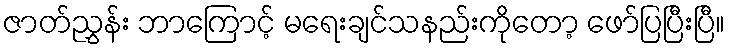
ဇာတ်ညွှန်း ဘာကြောင့် မရေးချင်သနည်းကိုတော့ ဖော်ပြပြီးပြီ။